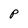
Character: P